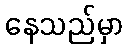
နေသည်မှာ